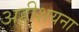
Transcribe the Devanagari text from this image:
अहीशयना